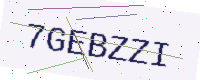
Text: 7GEBZZI